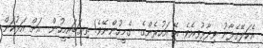
އެކަލޭގެފާނު ވިދާޅުވިއެވެ. އޭ އަހުރެންގެ  ގެމީހުންނޭވެ! ތިޔަބައިމީހުން  އަށް އަޅުކަން